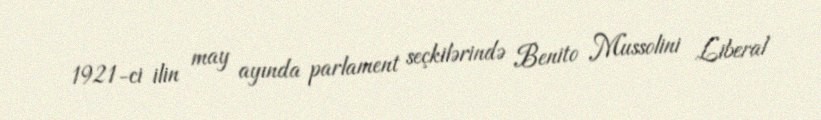
1921-ci ilin may ayında parlament seçkilərində Benito Mussolini Liberal